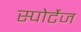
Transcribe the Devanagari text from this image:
स्पोर्टेज